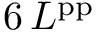
6 \, L ^ { \mathrm { p p } }